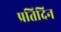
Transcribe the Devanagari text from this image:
प्रतिदिन